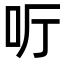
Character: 𠯸